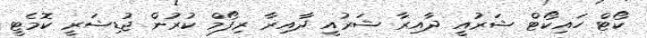
ކޯޓް ހައިކޯޓް ޝަރުއީ ދާއިރާ ޝަރުއީ ދާއިރާ ރިފޯމް ކުރުން ޖުޑިޝަރީ ކޮމެޓީ